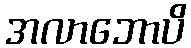
အလာဘောပိ